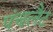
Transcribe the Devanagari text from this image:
पंचलैट